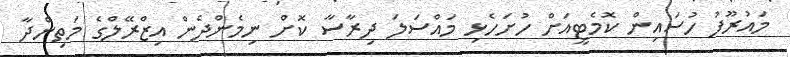
މައުރޫފު ހުސައިން ކޮމެޓީއަށް ހުށަހެޅި މައްސަލަ ދިރާސާ ކޮށް ނިމެންދެން އިޒްރޭލްގެ މަތިންދާ